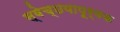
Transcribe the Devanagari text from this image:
स्वेच्छयापूर्वक